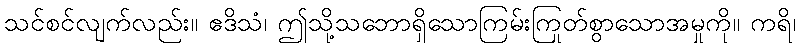
သင်စင်လျက်လည်း။ ဧဒိသံ၊ ဤသို့သဘောရှိသောကြမ်းကြုတ်စွာသောအမှုကို။ ကရိ၊